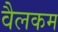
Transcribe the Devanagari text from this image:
वैलकम